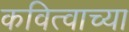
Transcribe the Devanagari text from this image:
कवित्वाच्या